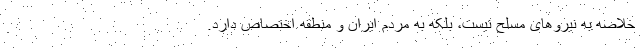
خلاصه به نیروهای مسلح نیست، بلکه به مردم ایران و منطقه اختصاص دارد.